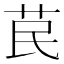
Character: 苠